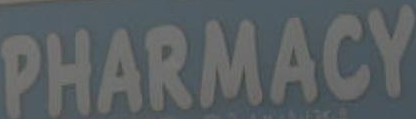
PHARMACY